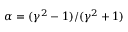
\alpha = ( \gamma ^ { 2 } - 1 ) / ( \gamma ^ { 2 } + 1 )